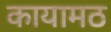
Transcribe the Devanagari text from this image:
कायामठ